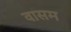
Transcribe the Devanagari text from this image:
वासम